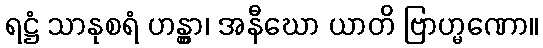
ရဋ္ဌံ သာနုစရံ ဟန္တွာ၊ အနီဃော ယာတိ ဗြာဟ္မဏော။